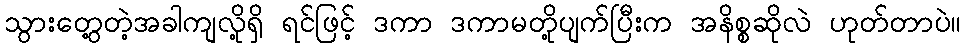
သွားတွေ့တဲ့အခါကျလို့ရှိ ရင်ဖြင့် ဒကာ ဒကာမတို့ပျက်ပြီးက အနိစ္စဆိုလဲ ဟုတ်တာပဲ။